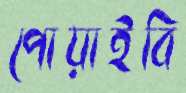
পোয়াইবি